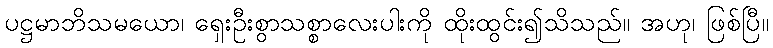
ပဋ္ဌမာဘိသမယော၊ ရှေးဦးစွာသစ္စာလေးပါးကို ထိုးထွင်း၍သိသည်။ အဟု၊ ဖြစ်ပြီ။